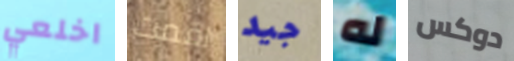
اخلعي اقمت جيد له دوكس